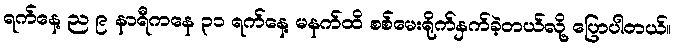
ရက်နေ့ ည ၉ နာရီကနေ ၃၁ ရက်နေ့ မနက်ထိ စစ်မေးရိုက်နှက်ခဲ့တယ်လို့ ပြောပါတယ်။